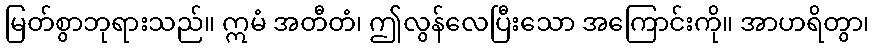
မြတ်စွာဘုရားသည်။ ဣမံ အတီတံ၊ ဤလွန်လေပြီးသော အကြောင်းကို။ အာဟရိတွာ၊